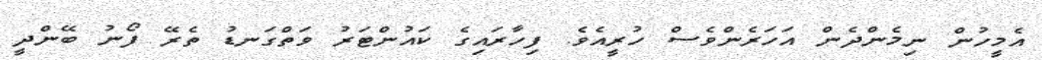
އެމީހުން ނިމެންދެން އަހަރެންވެސް ހުރީއެވެ. ފިހާރައިގެ ކައުންޓަރު ވަތްގަނޑު ތެރޭ ފޯނު ބޭންދީ